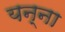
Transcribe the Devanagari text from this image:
यन्ना